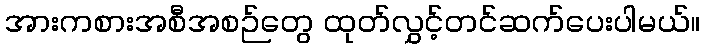
အားကစားအစီအစဉ်တွေ ထုတ်လွှင့်တင်ဆက်ပေးပါမယ်။